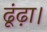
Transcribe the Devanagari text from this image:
ढूंढ़ा।